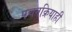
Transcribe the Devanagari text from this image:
पचनक्रियाही